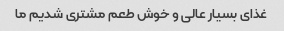
غذای بسیار عالی و خوش طعم مشتری شدیم ما